画像に写った文字を読んでください
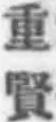
「重賢」と書いてあります